Vaccine operations Central Provinces & Berar 1912-1920 - 1912-1920
Year: 1912
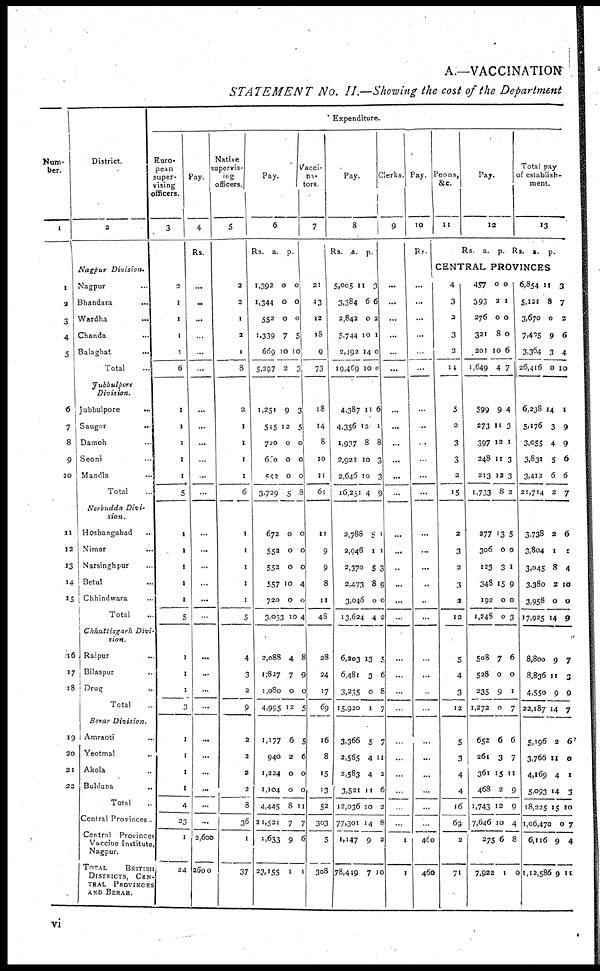
A.—VACCINATION
STATEMENT No. II.—Showing the cost of the Department
Num-
ber.
1
1
2
3
4
5
6
7
8
9
10
11
12
13
14
15
16
17
18
19
20
21
22
District.
2
Nagpur Division.
Nagpur...
Bhandara...
Wardha...
Chanda...
Balaghat...
Total...
Jubbulpore
Division.
Jubbulpore...
Saugor...
Damoh...
Seoni...
Mandla...
Total...
Nerbudda Divi-
sion.
Hoshangabad...
Nimar...
Narsinghpur...
Betul...
Chhindwara...
Total...
Chhattisgarh Divi-
sion.
Raipur...
Bilaspur...
Drug...
Total...
Berar Division.
Amraoti...
Yeotmal...
Akola...
Buldana...
Total..
Central Provinces .
Central Provinces
Vaccine Institute,
Nagpur.
TOTAL
BRITISH
DISTRICTS, CEN-
TRAL PROVINCES
AND BERAR.
Expenditure.
Euro-
pean
super-
vising
officers.
3
2
1
1
1
1
6
1
1
1
1
1
5
1
1
1
1
1
5
l
1
1
3
1
1
1
1
4
23
1
24
Pay.
4
Rs.
...
..
...
...
...
...
...
...
...
...
..
...
...
...
...
...
...
...
...
...
...
...
...
...
...
...
...
...
2,600
2600
Native
supervis-
ing
officers.
5
2
2
1
2
1
8
2
1
1
1
1
6
1
1
1
1
1
5
4
3
2
9
2
2
2
2
8
36
1
37
Pay.
6
Rs.
1,392
1,344
552
1,339
669
5,297
1,251
545
720
600
552
3,729
672
552
552
557
720
3,053
2,088
1,827
1,080
4,995
1,177
940
1,224
1,104
4,445
21,521
1,633
23,155
a.
0
0
0
7
10
2
9
12
0
0
0
5
0
0
0
10
0
10
4
7
0
12
6
2
0
0
8
7
9
1
p.
0
0
0
5
10
3
3
5
0
0
0
8
0
0
0
4
0
4
8
9
0
5
5
6
0
0
11
7
6
1
vacci-
na-
tors.
7
21
13
12
18
9
73
18
14
8
10
11
61
11
9
9
8
11
48
28
24
17
69
16
8
15
13
52
303
5
308
Pay.
8
Rs.
5,005
3,384
2,842
5,744
2,492
19,469
4,387
4,356
1,937
2,922
2,646
16,251
2,788
2,946
2,370
2,473
3,045
13,624
6,203
6,481
3,235
15,920
3,366
2,565
2,583
3,521
12,036
77,301
1,147
78,449
a.
11
6
0
10
14
10
11
12
8
10
10
4
5
1
5
8
0
4
13
3
0
1
5
4
4
11
10
14
9
7
p.
3
6
2
1
0
0
6
1
8
3
3
9
1
1
3
9
0
2
5
6
8
7
7
11
2
6
2
8
2
10
Clerks.
9
...
...
...
...
...
...
...
...
...
...
...
...
...
...
...
...
...
...
...
...
...
...
...
...
...
...
...
...
1
1
Pay.
10
Rs.
...
...
...
...
...
...
...
...
..
..
...
...
...
...
...
..
..
...
...
...
...
...
...
...
...
...
...
...
460
460
Peons,
&c.
11
Pay.
12
Rs.
a. p.
Total pay
of establish-
ment.
13
Rs.
a.
p.
CENTRAL PROVINCES
4
3
2
3
2
14
5
2
3
3
2
15
2
3
2
3
2
12
5
4
3
12
5
3
4
4
16
69
2
71
457
393
276
321
201
1,649
599
273
397
248
213
1,733
277
306
123
348
192
1,248
508
528
235
1,272
652
261
361
468
1,743
7,646
275
7,922
0
2
0
8
10
4
9
11
12
11
12
8
13
0
3
15
0
0
7
0
9
0
6
3
15
2
12
10
6
1
0
1
0
0
6
7
4
3
1
3
3
2
5
0
1
9
0
3
6
0
1
7
6
7
11
9
9
4
8
0
6,854
5,121
3,670
7,405
3,364
26,416
6,238
5,176
3,055
3,831
3,412
21,714
3,738
3,804
3,045
3,380
3,958
17,925
8,800
8,836
4,550
22,187
5,196
3,766
4,169
5,093
18,225
1,06,470
6,116
1,12,586
11
8
0
9
3
0
14
3
4
5
6
2
2
1
8
2
0
14
9
11
9
14
2
11
4
14
15
0
9
9
3
7
2
6
4
10
1
9
9
6
6
7
6
1
4
10
0
9
7
3
9
7
6
0
1
3
10
7
4
11
vi